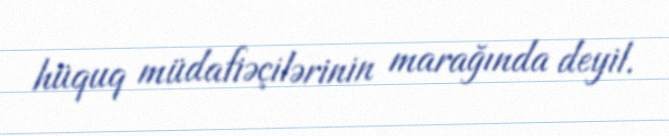
hüquq müdafiəçilərinin marağında deyil.